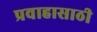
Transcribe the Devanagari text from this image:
प्रवाहासाठी